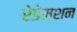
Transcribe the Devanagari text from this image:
रेडेम्शन